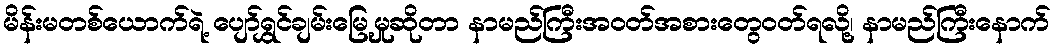
မိန်းမတစ်ယောက်ရဲ့ ပျော်ရွှင်ချမ်းမြေ့မှုဆိုတာ နာမည်ကြီးအဝတ်အစားတွေဝတ်ရလို့၊ နာမည်ကြီးနောက်